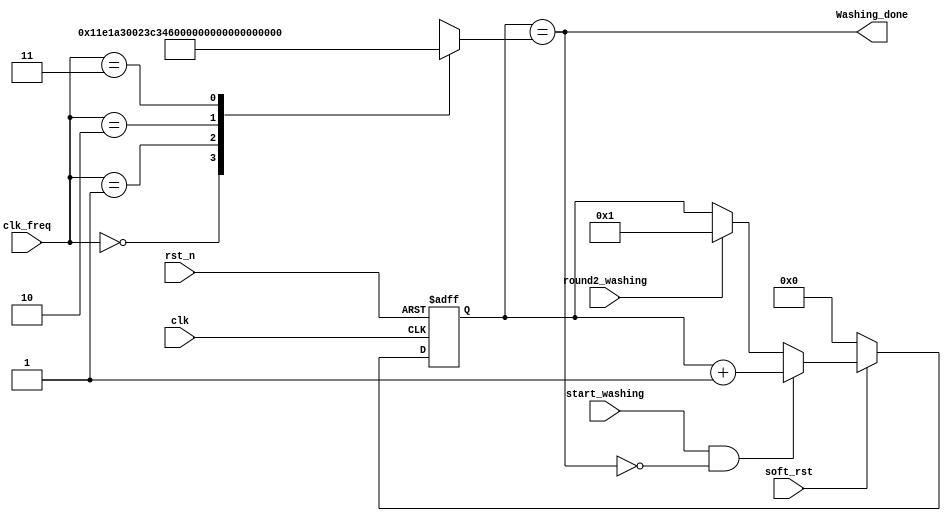
module washing_counter(
    input wire clk,
    input wire rst_n,
    input wire soft_rst,
    input wire start_washing,
    input wire [1:0] clk_freq,
    input wire round2_washing,
    output wire Washing_done 
);
reg [31:0] stop_count;
localparam [31:0] temp = 3'b100;
always @ *
begin
    case(clk_freq)
        2'b00: stop_count ='h11E1A300; 
        2'b01: stop_count = 'h23C34600;
        2'b10: stop_count = 'h47868C00;
        2'b11: stop_count = 'hFA56EA00;
    endcase
end    
reg [31:0] q;
always @(posedge clk or negedge rst_n) 
begin
    if(~rst_n)
        q <= 0;
    else if (~soft_rst)
        q <= 0;  
    else if (start_washing && ~Washing_done)
        q <= q + 1;
    else if (round2_washing)
    q <= 1;            
end
assign Washing_done = (q == stop_count);
endmodule